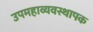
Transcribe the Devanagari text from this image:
उपमहाव्यवस्थापक